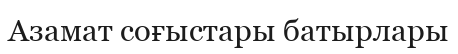
Азамат соғыстары батырлары